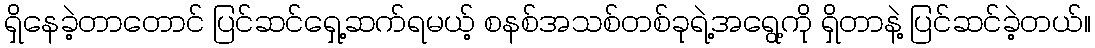
ရှိနေခဲ့တာတောင် ပြင်ဆင်ရှေ့ဆက်ရမယ့် စနစ်အသစ်တစ်ခုရဲ့အရွေ့ကို ရှိတာနဲ့ ပြင်ဆင်ခဲ့တယ်။